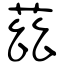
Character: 茲